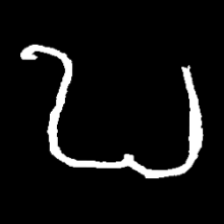
Pyu character \u2014 Myanmar letter: ဎ (romanized: ddha)